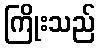
ကြိုးသည်